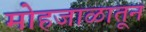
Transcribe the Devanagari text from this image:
मोहजाळातून